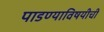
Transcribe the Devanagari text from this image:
पाडण्याविषयीची